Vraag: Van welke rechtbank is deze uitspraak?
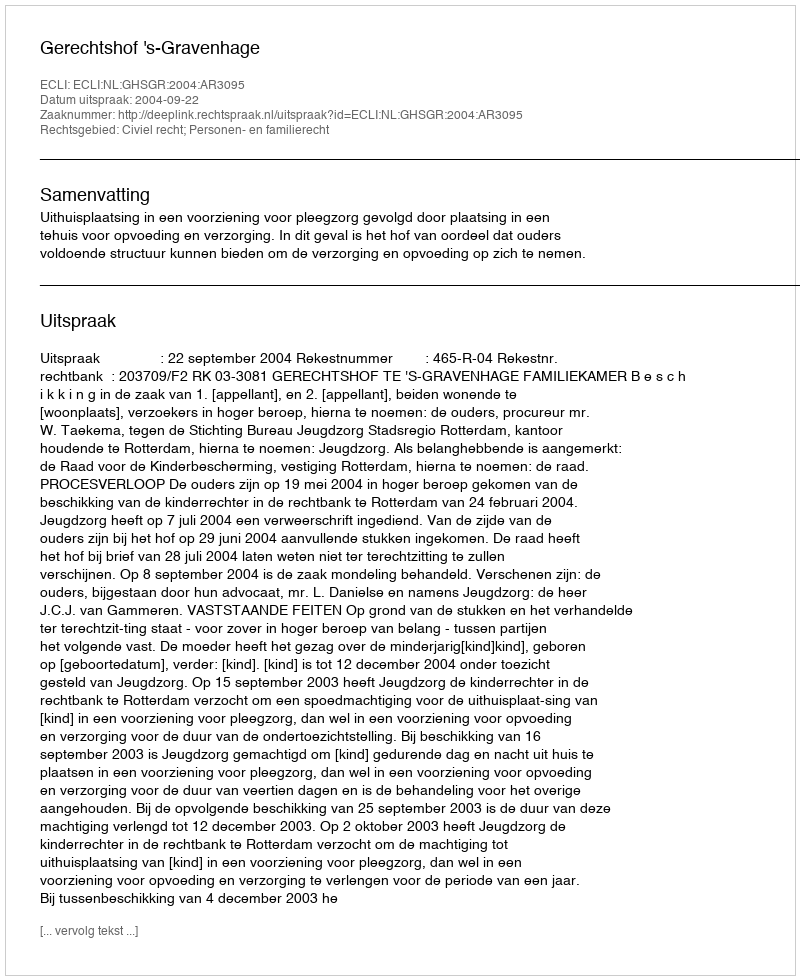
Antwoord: Gerechtshof 's-Gravenhage